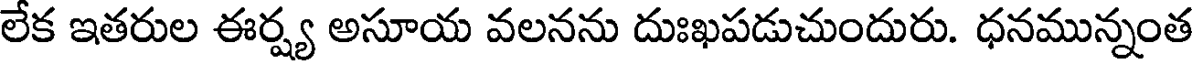
లేక ఇతరుల ఈర్ష్య అసూయ వలనను దుఃఖపడుచుందురు. ధనమున్నంత